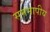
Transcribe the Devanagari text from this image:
सममापीय